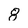
Character: 8